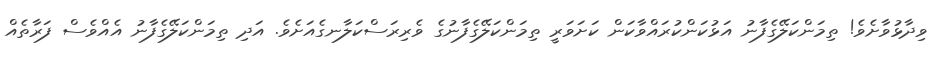
ވިދާޅުވާށެވެ! ތިމަންކަލޭގެފާނު އަޅުކަންކުރައްވާކަން ކަށަވަރީ ތިމަންކަލޭގެފާނުގެ ވެރިރަސްކަލާނގެއަށެވެ. އަދި ތިމަންކަލޭގެފާނު އެއްވެސް ފަރާތެއް